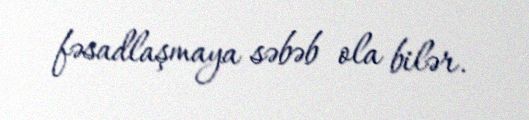
fəsadlaşmaya səbəb ola bilər.